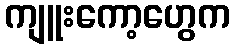
ကျူးကော့ဟွေက